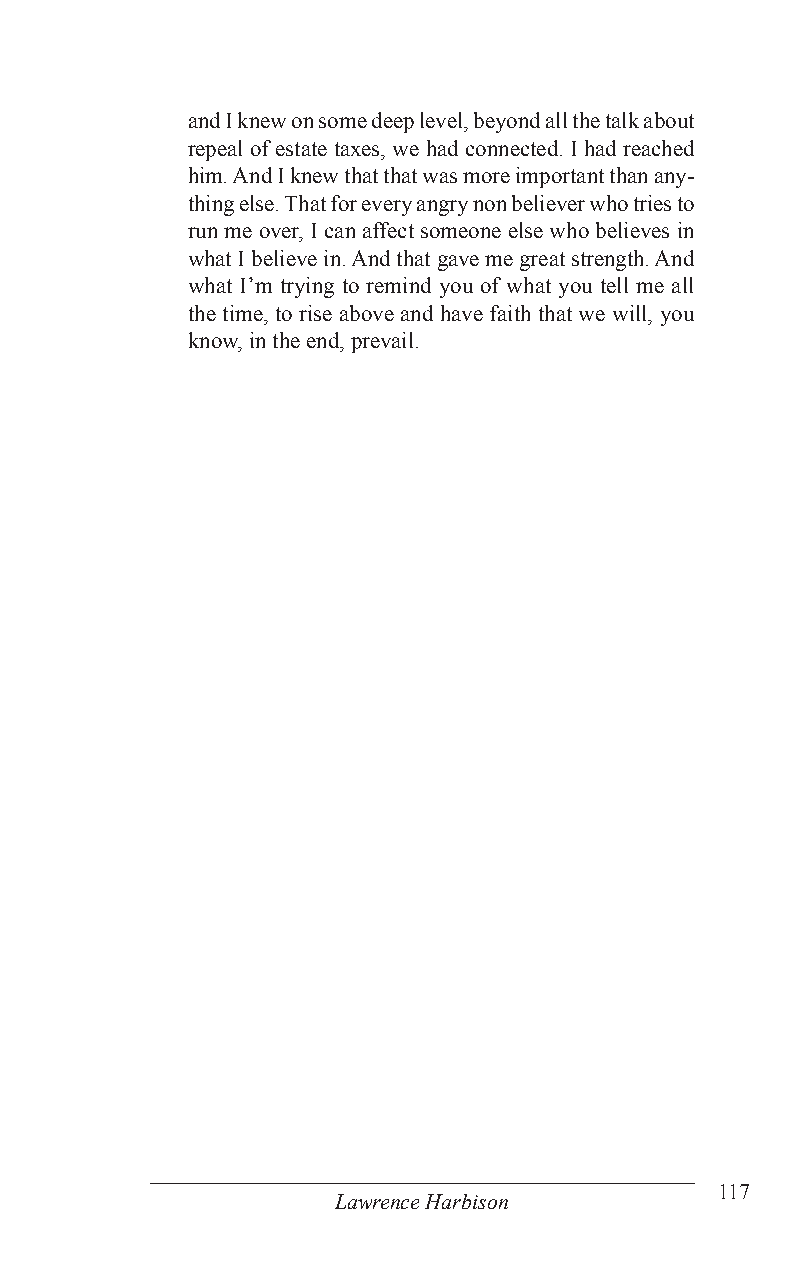
and I knew on some deep level, beyond all the talk about
 repeal of estate taxes, we had connected. I had reached
 him. And I knew that that was more important than any-
 thing else. That for every angry non believer who tries to
 run me over, I can affect someone else who believes in
 what I believe in. And that gave me great strength. And
 what I’m trying to remind you of what you tell me all
 the time, to rise above and have faith that we will, you
 know, in the end, prevail.
 117
 Lawrence Harbison